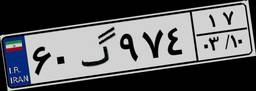
۶۰گ۹۷۴۱۷